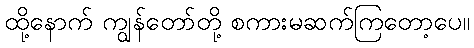
ထို့နောက် ကျွန်တော်တို့ စကားမဆက်ကြတော့ပေ။